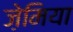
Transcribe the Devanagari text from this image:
ज़ेमिया